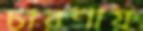
চারণায়